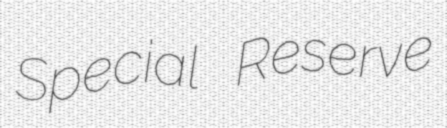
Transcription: Special Reserve